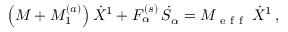
\left( M + M _ { 1 } ^ { ( a ) } \right) \dot { X } ^ { 1 } + F _ { \alpha } ^ { ( s ) } \, \dot { S } _ { \alpha } = M _ { \mathrm { ~ e ~ f ~ f ~ } } \, \dot { X } ^ { 1 } \, ,